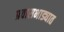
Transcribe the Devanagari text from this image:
प्रवासभाड्यात